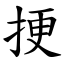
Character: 挭